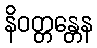
နိဝတ္တန္တေန